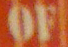
OF